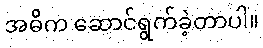
အဓိက ဆောင်ရွက်ခဲ့တာပါ။